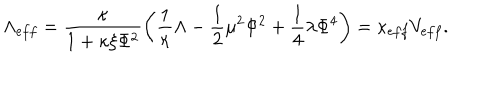
LaTeX: \Lambda _ { e f f } = \frac { \kappa } { 1 + \kappa \xi \Phi ^ { 2 } } \left( \frac { 1 } { \kappa } \Lambda - \frac { 1 } { 2 } \mu ^ { 2 } \Phi ^ { 2 } + \frac { 1 } { 4 } \lambda \Phi ^ { 4 } \right) = \kappa _ { e f f } V _ { e f f } .